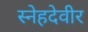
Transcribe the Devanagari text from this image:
स्नेहदेवीर